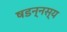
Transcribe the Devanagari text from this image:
षडन्नस्य